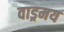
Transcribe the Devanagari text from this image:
वाड्रमय